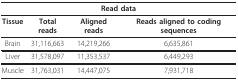
| <COLSPAN=4> Read data |
 | --- | --- | --- | --- |
 | Tissue | Total reads | Aligned reads | Reads aligned to coding sequences |
 | Brain | 31,116,663 | 14,219,266 | 6,635,861 |
 | Liver | 31,578,097 | 11,353,537 | 6,449,293 |
 | Muscle | 31,763,031 | 14,447,075 | 7,931,718 |